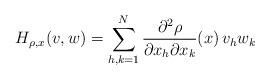
LaTeX: \begin{align*}H_{\rho,x}(v,w)=\sum_{h,k=1}^N\frac{\partial^2\rho}{\partial x_h\partial x_k}(x)\,v_h w_k\end{align*}